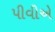
પીવીએ